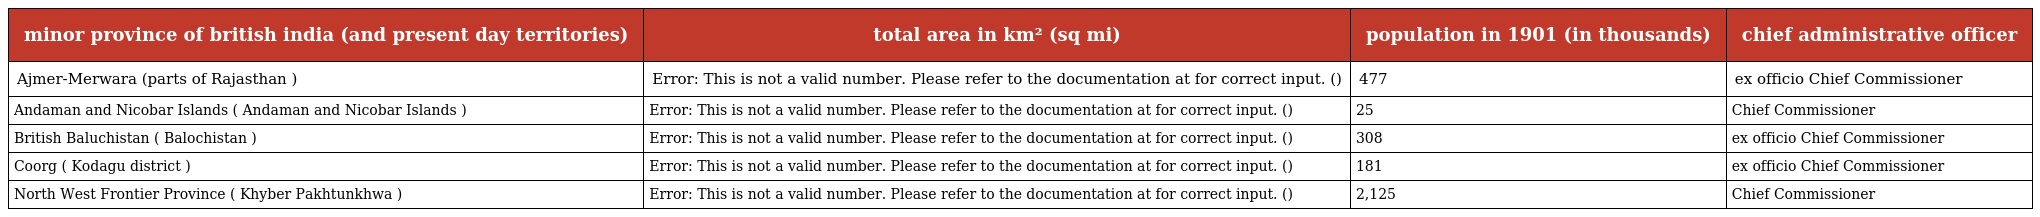
| minor province of british india (and present day territories) | total area in km² (sq mi) | population in 1901 (in thousands) | chief administrative officer |
 | --- | --- | --- | --- |
 | Ajmer-Merwara (parts of Rajasthan ) | Error: This is not a valid number. Please refer to the documentation at for correct input. () | 477 | ex officio Chief Commissioner |
 | Andaman and Nicobar Islands ( Andaman and Nicobar Islands ) | Error: This is not a valid number. Please refer to the documentation at for correct input. () | 25 | Chief Commissioner |
 | British Baluchistan ( Balochistan ) | Error: This is not a valid number. Please refer to the documentation at for correct input. () | 308 | ex officio Chief Commissioner |
 | Coorg ( Kodagu district ) | Error: This is not a valid number. Please refer to the documentation at for correct input. () | 181 | ex officio Chief Commissioner |
 | North West Frontier Province ( Khyber Pakhtunkhwa ) | Error: This is not a valid number. Please refer to the documentation at for correct input. () | 2,125 | Chief Commissioner |